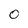
Character: 0